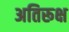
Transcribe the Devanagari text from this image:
अतिरूक्ष